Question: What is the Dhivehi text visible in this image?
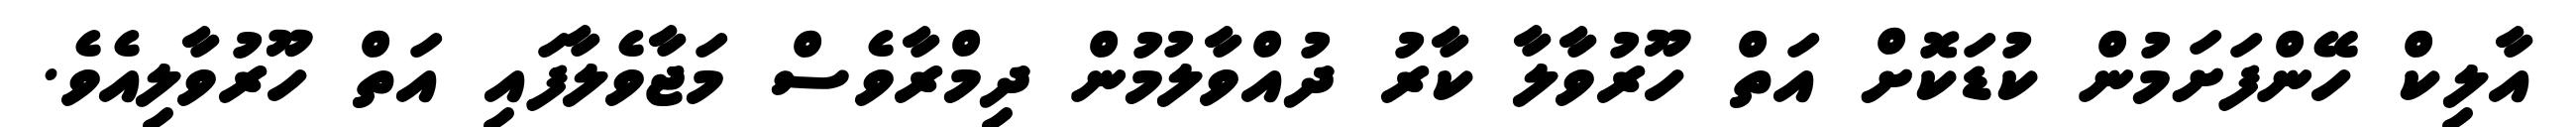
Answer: އާލިކް ހޭންފަށަމުން ކުޑަކޮށް އަތް ހޫރުވާލާ ކާރު ދުއްވާލުމުން ދިމްރާވެސް މަޖާވެލާފައި އަތް ހޫރުވާލިއެވެ.